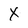
Character: X